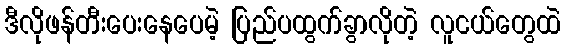
ဒီလိုဖန်တီးပေးနေပေမဲ့ ပြည်ပထွက်ခွာလိုတဲ့ လူငယ်တွေထဲ